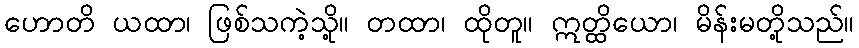
ဟောတိ ယထာ၊ ဖြစ်သကဲ့သို့။ တထာ၊ ထိုတူ။ ဣတ္ထိယော၊ မိန်းမတို့သည်။